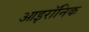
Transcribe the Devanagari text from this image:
आइरॉनिक